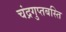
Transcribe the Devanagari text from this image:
चंद्रगुप्तबस्ति